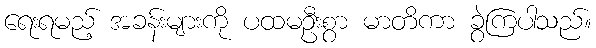
ရေးရမည့် အခန်းများကို ပထမဦးစွာ မာတိကာ ခွဲကြပါသည်။